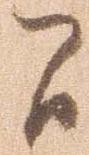
間